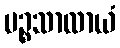
ပဉ္စသာလာယံ